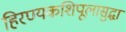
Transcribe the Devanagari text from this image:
हिरण्यकशिपूलासुद्धा